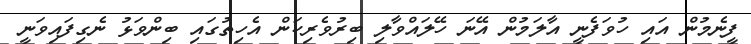
ފީނެމުން އައި ހުވަފެނީ އާލަމުން އޭނަ ހޭލައްވާލި ބިރުވެރިކަން އެހިތުގައި ބިންވަޅު ނެގިފައިވަނީ